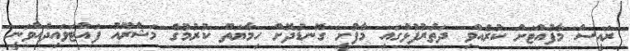
ރައީސް މާފުއްޓަށް ކުރެއްވި ދަތުރުފުޅުގައި މާފުށީ ގޮނޑުދޮށް ހިމާޔަތް ކުރުމުގެ މަޝްރޫއު ފައްޓަވައިދެއްވަނީ